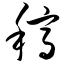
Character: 稿